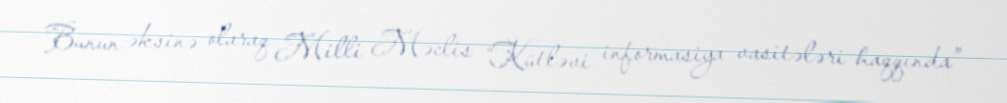
Bunun əksinə olaraq Milli Məclis “Kütləvi informasiya vasitələri haqqında”